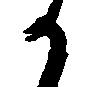
か